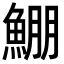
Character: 𩸀